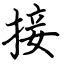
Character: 接